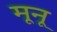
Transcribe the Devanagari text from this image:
मूनू